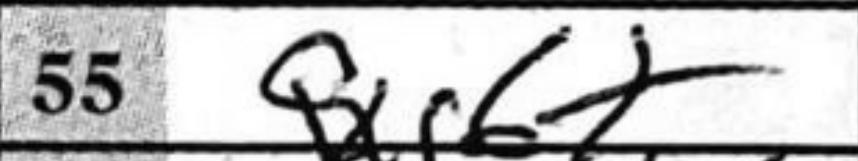
Transcription: Qxf6+